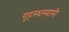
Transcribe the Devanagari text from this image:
गृहस्थस्वामी